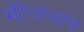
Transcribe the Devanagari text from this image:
भीजवाब